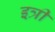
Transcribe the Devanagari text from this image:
इत्री